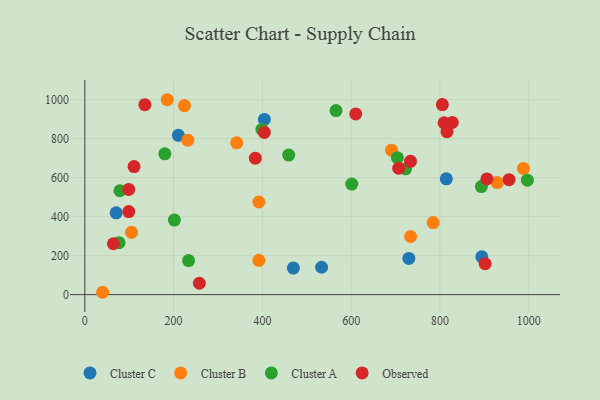
{"axis": {"x": "Distance", "y": "Profit"}, "legend": ["Cluster A", "Cluster B", "Cluster C", "Observed"], "data": [{"x": "814.4", "y": 594.1, "type": "Cluster C"}, {"x": "730.0", "y": 185.8, "type": "Cluster C"}, {"x": "469.8", "y": 136.1, "type": "Cluster C"}, {"x": "404.4", "y": 898.7, "type": "Cluster C"}, {"x": "70.6", "y": 419.5, "type": "Cluster C"}, {"x": "210.8", "y": 817.1, "type": "Cluster C"}, {"x": "894.3", "y": 194.3, "type": "Cluster C"}, {"x": "533.4", "y": 140.3, "type": "Cluster C"}, {"x": "392.0", "y": 175.8, "type": "Cluster B"}, {"x": "224.4", "y": 969.7, "type": "Cluster B"}, {"x": "40.1", "y": 12.0, "type": "Cluster B"}, {"x": "105.2", "y": 319.8, "type": "Cluster B"}, {"x": "342.2", "y": 778.6, "type": "Cluster B"}, {"x": "392.1", "y": 475.0, "type": "Cluster B"}, {"x": "232.0", "y": 792.2, "type": "Cluster B"}, {"x": "733.9", "y": 298.1, "type": "Cluster B"}, {"x": "185.8", "y": 999.8, "type": "Cluster B"}, {"x": "929.1", "y": 574.8, "type": "Cluster B"}, {"x": "784.8", "y": 369.5, "type": "Cluster B"}, {"x": "690.8", "y": 740.9, "type": "Cluster B"}, {"x": "988.2", "y": 647.3, "type": "Cluster B"}, {"x": "459.3", "y": 716.0, "type": "Cluster A"}, {"x": "180.2", "y": 722.3, "type": "Cluster A"}, {"x": "201.8", "y": 382.2, "type": "Cluster A"}, {"x": "997.0", "y": 587.2, "type": "Cluster A"}, {"x": "722.5", "y": 645.2, "type": "Cluster A"}, {"x": "704.1", "y": 702.3, "type": "Cluster A"}, {"x": "79.0", "y": 532.8, "type": "Cluster A"}, {"x": "398.9", "y": 847.6, "type": "Cluster A"}, {"x": "565.9", "y": 944.1, "type": "Cluster A"}, {"x": "601.4", "y": 566.9, "type": "Cluster A"}, {"x": "893.4", "y": 554.1, "type": "Cluster A"}, {"x": "233.8", "y": 174.4, "type": "Cluster A"}, {"x": "77.0", "y": 266.4, "type": "Cluster A"}, {"x": "110.9", "y": 657.1, "type": "Observed"}, {"x": "955.7", "y": 589.9, "type": "Observed"}, {"x": "901.8", "y": 158.9, "type": "Observed"}, {"x": "99.0", "y": 425.8, "type": "Observed"}, {"x": "404.4", "y": 832.0, "type": "Observed"}, {"x": "805.4", "y": 975.1, "type": "Observed"}, {"x": "905.8", "y": 593.4, "type": "Observed"}, {"x": "815.9", "y": 835.8, "type": "Observed"}, {"x": "258.0", "y": 58.2, "type": "Observed"}, {"x": "707.0", "y": 648.2, "type": "Observed"}, {"x": "733.7", "y": 683.6, "type": "Observed"}, {"x": "827.7", "y": 883.1, "type": "Observed"}, {"x": "99.0", "y": 539.6, "type": "Observed"}, {"x": "809.4", "y": 881.3, "type": "Observed"}, {"x": "384.1", "y": 699.8, "type": "Observed"}, {"x": "135.3", "y": 974.2, "type": "Observed"}, {"x": "610.3", "y": 927.1, "type": "Observed"}, {"x": "64.4", "y": 260.9, "type": "Observed"}]}